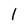
Character: I